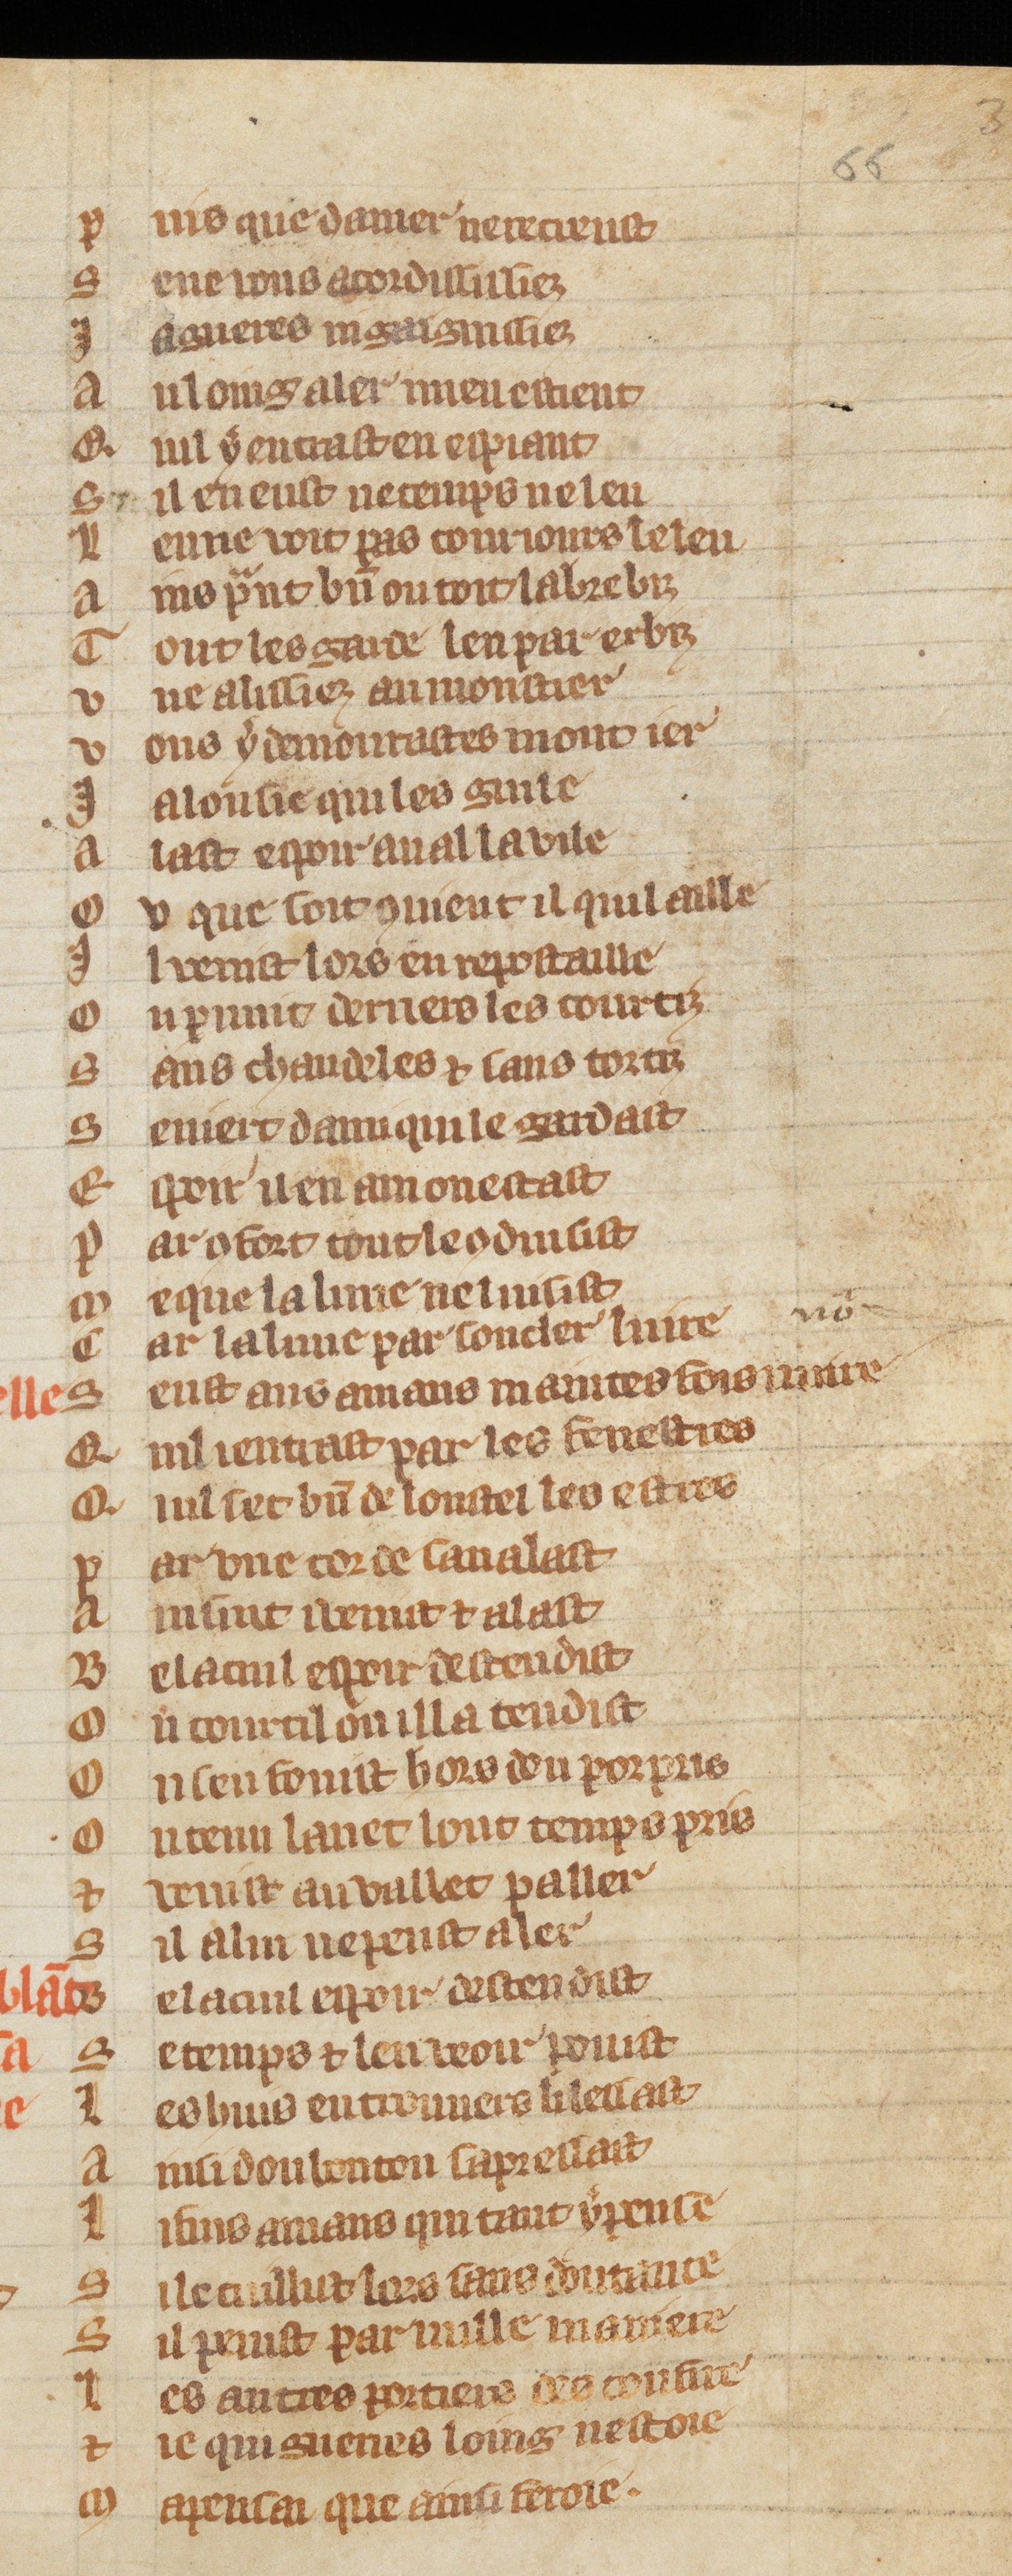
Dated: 1300–1349